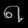
Digit: ၈